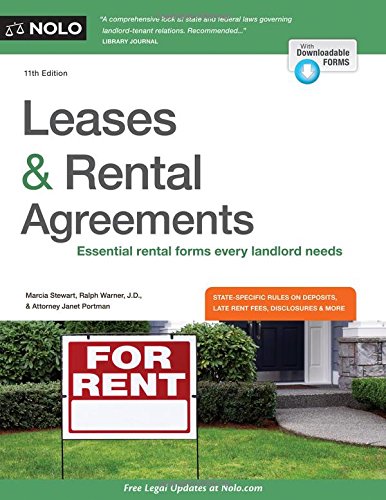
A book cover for Leases & Rental Agreements; Marcia Stewart; Business & Money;